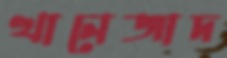
খানেজাদ